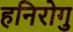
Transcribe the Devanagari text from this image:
हनिरोगु